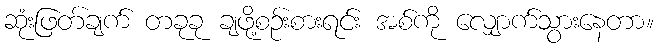
ဆုံးဖြတ်ချက် တခုခု ချဖို့စဉ်းစားရင်း အစ်ကို လျှောက်သွားနေတာ။